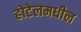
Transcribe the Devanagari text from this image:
होटेलमधील